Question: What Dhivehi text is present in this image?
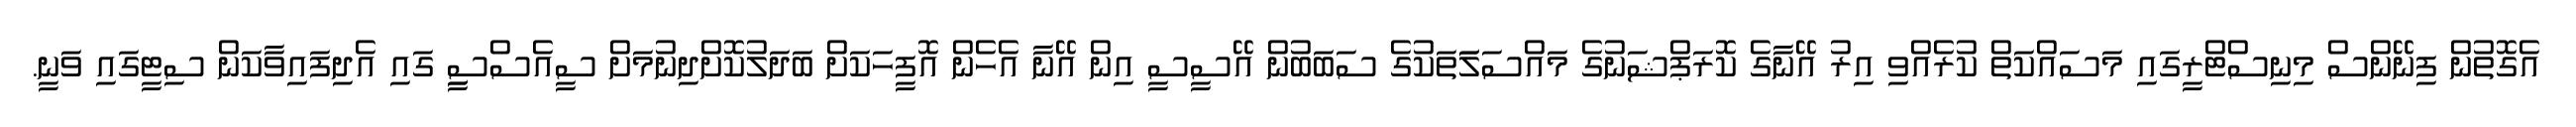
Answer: އެގޮތުން ފިނޭންސް މިނިސްޓްރީގައި މަސައްކަތް ކުރެއްވި އިރު އޭނާގެ ކޮރަޕްޝަނުގެ މައްސަލަަތަކުގެ ސަބަބުން އޭސީސީ އިން އޭނާ އެހެން އޮފީހަކަށް ބަދަލުކޮށްދިނުމަށް ސީއެސްސީި ގައި އެދިފައިވާކަން ސިޓީގައި ވަނީ.